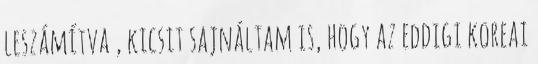
leszámítva , kicsit sajnáltam is, hogy az eddigi koreai